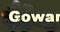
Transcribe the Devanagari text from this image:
पैटेण्ट